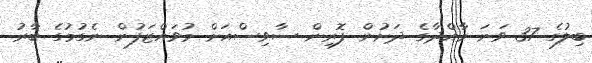
ބިލުގެ 37 ވަނަ މާއްދާގެ ދަށުން ފޮރިން ސާވިސްއަށް މުވައްޒަފުން ނެގުމުގެ ބާރު